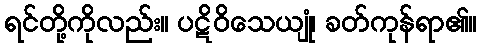
ရင်တို့ကိုလည်း။ ပဋိဝိသေယျုံ၊ ခတ်ကုန်ရာ၏။